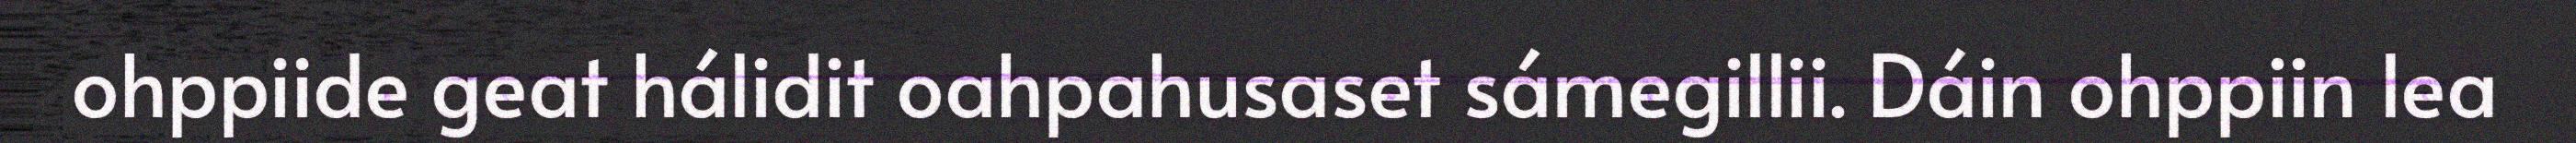
ohppiide geat hálidit oahpahusaset sámegillii. Dáin ohppiin lea